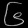
Digit: ၆